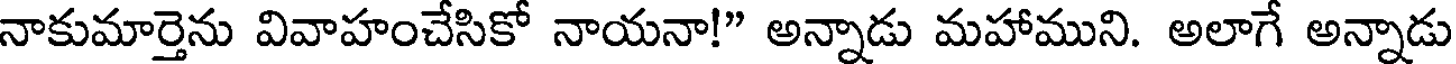
నాకుమార్తెను వివాహంచేసికో నాయనా!" అన్నాడు మహాముని. అలాగే అన్నాడు